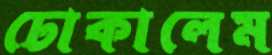
ঢোকালেম